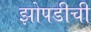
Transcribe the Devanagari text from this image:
झोपडीची